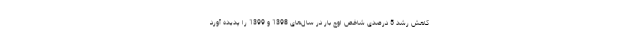
کاهش رشد 5 درصدی شاخص اوج بار در سال‌های 1398 و 1399 را پدیده آورد